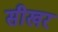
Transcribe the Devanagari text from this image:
सीखर